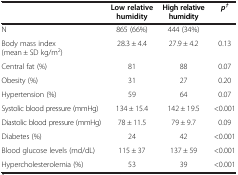
|  | Low relative humidity | High relative humidity | p† |
 | --- | --- | --- | --- |
 | N | 865 (66%) | 444 (34%) |  |
 | Body mass index (mean ± SD kg/m2) | 28.3 ± 4.4 | 27.9 ± 4.2 | 0.13 |
 | Central fat (%) | 81 | 88 | 0.07 |
 | Obesity (%) | 31 | 27 | 0.20 |
 | Hypertension (%) | 59 | 64 | 0.07 |
 | Systolic blood pressure (mmHg) | 134 ± 15.4 | 142 ± 19.5 | <0.001 |
 | Diastolic blood pressure (mmHg) | 78 ± 11.5 | 79 ± 9.7 | 0.09 |
 | Diabetes (%) | 24 | 42 | <0.001 |
 | Blood glucose levels (md/dL) | 115 ± 37 | 137 ± 59 | <0.001 |
 | Hypercholesterolemia (%) | 53 | 39 | <0.001 |